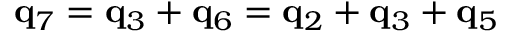
{ \bf q } _ { 7 } = { \bf q } _ { 3 } + { \bf q } _ { 6 } = { \bf q } _ { 2 } + { \bf q } _ { 3 } + { \bf q } _ { 5 }